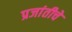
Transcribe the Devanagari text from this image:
प्रजांतीचे